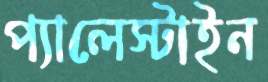
প্যালেস্টাইন